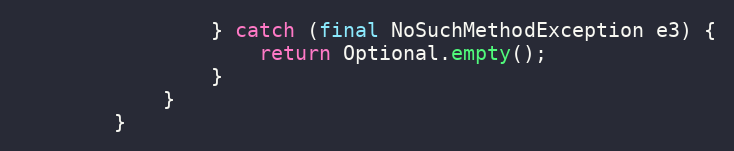
Language: Java
                } catch (final NoSuchMethodException e3) {
                    return Optional.empty();
                }
            }
        }